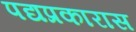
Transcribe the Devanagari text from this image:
पद्यप्रकारास